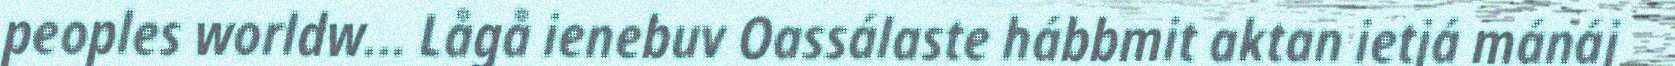
peoples worldw... Lågå ienebuv Oassálaste hábbmit aktan ietjá mánáj